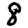
Digit: 8